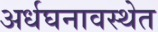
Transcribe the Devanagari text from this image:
अर्धघनावस्थेत